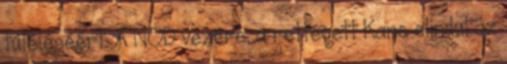
túléléséért. A NOD vezére, a rettegett Kane elindul az